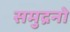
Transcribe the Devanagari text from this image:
समुद्रनो